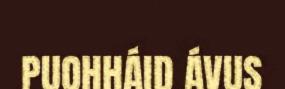
PUOHHÁID ÁVUS